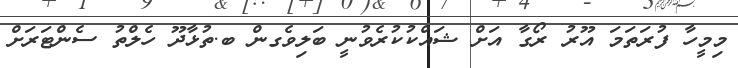
މިމީހާ ފުރަތަމަ އޫރު ރޯގާ އަށް ޝައްކުކުރެވުނީ ބަލިވެގން ބ.ތުޅާދޫ ހެލްތު ސެންޓަރަށް